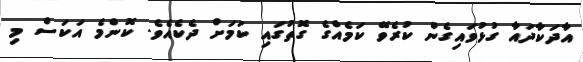
އާދަކާދައާ ގުޅުވައިގެން ކުރެވޭ ކަމެއްގެ ގޮތުގައި ކަމަށް ދެކެއެވެ. ކޮންމެ އަކަސް މި